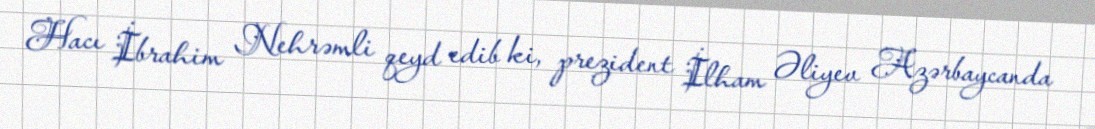
Hacı İbrahim Nehrəmli qeyd edib ki, prezident İlham Əliyev Azərbaycanda